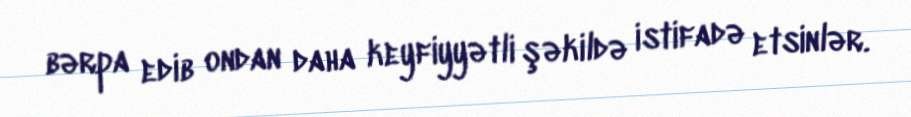
bərpa edib ondan daha keyfiyyətli şəkildə istifadə etsinlər.